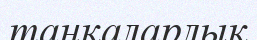
таңқаларлық